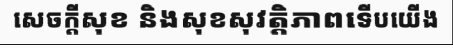
សេចក្តីសុខ និងសុខសុវត្តិភាពទើបយើង